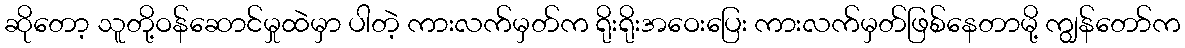
ဆိုတော့ သူတို့ဝန်ဆောင်မှုထဲမှာ ပါတဲ့ ကားလက်မှတ်က ရိုးရိုးအဝေးပြေး ကားလက်မှတ်ဖြစ်နေတာမို့ ကျွန်တော်က